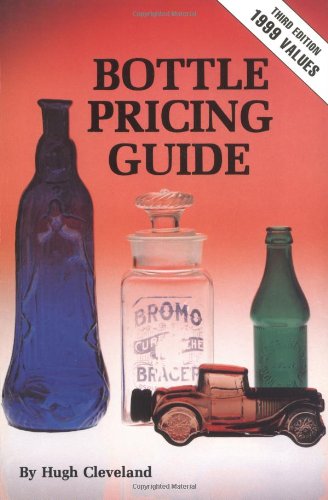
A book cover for Clevelands Bottle Pricing Guide; Cleveland; Crafts, Hobbies & Home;